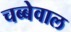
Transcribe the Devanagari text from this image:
चब्बेवाल